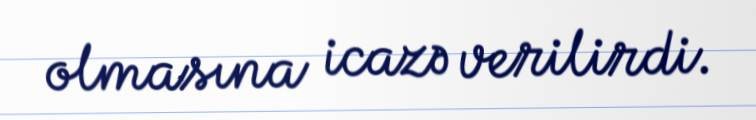
olmasına icazə verilirdi.